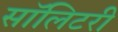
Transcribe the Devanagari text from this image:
सॉलिटरी